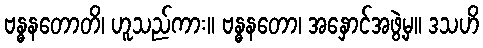
ဗန္ဓနတောတိ၊ ဟူသည်ကား။ ဗန္ဓနတော၊ အနှောင်အဖွဲ့မှ။ ဒသဟိ